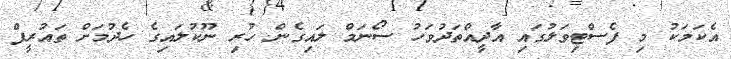
އެކަމަކު މި ފެސްޓިވަލުގައި އާދީއްތަދުވަހު ސޯނަމް ލައިގެން ހުރި ނޫކުލައިގެ ހެދުމަށް ތައުރީފް